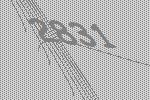
2831